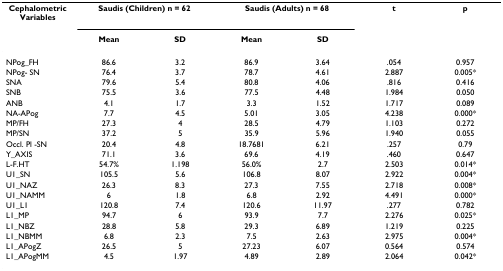
| Cephalometric Variables | <COLSPAN=2> Saudis (Children) n = 62 | <COLSPAN=2> Saudis (Adults) n = 68 | t | p |
 |  | Mean | SD | Mean | SD |  |  |
 | --- | --- | --- | --- | --- | --- | --- |
 | NPog_FH | 86.6 | 3.2 | 86.9 | 3.64 | .054 | 0.957 |
 | NPog- SN | 76.4 | 3.7 | 78.7 | 4.61 | 2.887 | 0.005* |
 | SNA | 79.6 | 5.4 | 80.8 | 4.06 | .816 | 0.416 |
 | SNB | 75.5 | 3.6 | 77.5 | 4.48 | 1.984 | 0.050 |
 | ANB | 4.1 | 1.7 | 3.3 | 1.52 | 1.717 | 0.089 |
 | NA-APog | 7.7 | 4.5 | 5.01 | 3.05 | 4.238 | 0.000* |
 | MP/FH | 27.3 | 4 | 28.5 | 4.79 | 1.103 | 0.272 |
 | MP/SN | 37.2 | 5 | 35.9 | 5.96 | 1.940 | 0.055 |
 | Occl. Pl -SN | 20.4 | 4.8 | 18.7681 | 6.21 | .257 | 0.79 |
 | Y_AXIS | 71.1 | 3.6 | 69.6 | 4.19 | .460 | 0.647 |
 | L-F.HT | 54.7% | 1.198 | 56.0% | 2.7 | 2.503 | 0.014* |
 | U1_SN | 105.5 | 5.6 | 106.8 | 8.07 | 2.922 | 0.004* |
 | U1_NAZ | 26.3 | 8.3 | 27.3 | 7.55 | 2.718 | 0.008* |
 | U1_NAMM | 6 | 1.8 | 6.8 | 2.92 | 4.491 | 0.000* |
 | U1_L1 | 120.8 | 7.4 | 120.6 | 11.97 | .277 | 0.782 |
 | L1_MP | 94.7 | 6 | 93.9 | 7.7 | 2.276 | 0.025* |
 | L1_NBZ | 28.8 | 5.8 | 29.3 | 6.89 | 1.219 | 0.225 |
 | L1_NBMM | 6.8 | 2.3 | 7.5 | 2.63 | 2.975 | 0.004* |
 | L1_APogZ | 26.5 | 5 | 27.23 | 6.07 | 0.564 | 0.574 |
 | L1_APogMM | 4.5 | 1.97 | 4.89 | 2.89 | 2.064 | 0.042* |